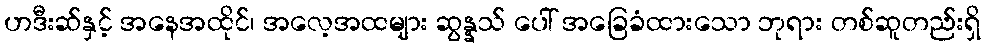
ဟဒီးဆ်နှင့် အနေအထိုင်၊ အလေ့အထများ ဆွန္နသ် ပေါ် အခြေခံထားသော ဘုရား တစ်ဆူတည်းရှိ